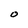
Character: O